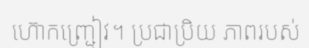
ហ៊ោកញ្ជ្រៀវ។ ប្រជាប្រិយ ភាពរបស់